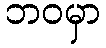
ဘဝမှာ